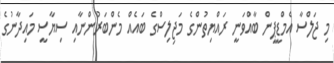
މި ޖަލްސާ އެމްޑީޕީން ބާއްވަނީ ރައްޔިތުންގެ މަޖިލިސްގެ ބައެއް މެންބަރުންނާއި ސިޔާސީ މައިދާނުގެ